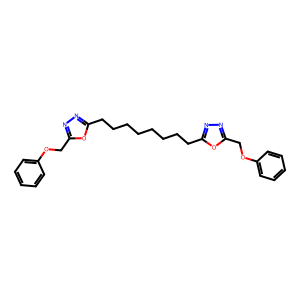
SMILES: c1ccc(OCc2nnc(CCCCCCCCc3nnc(COc4ccccc4)o3)o2)cc1
Inhibits HIV replication: No